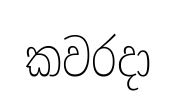
කවරදා